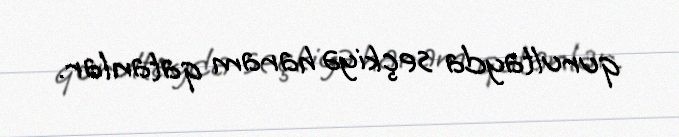
qurultayda seçkiyə haram qatanlar.